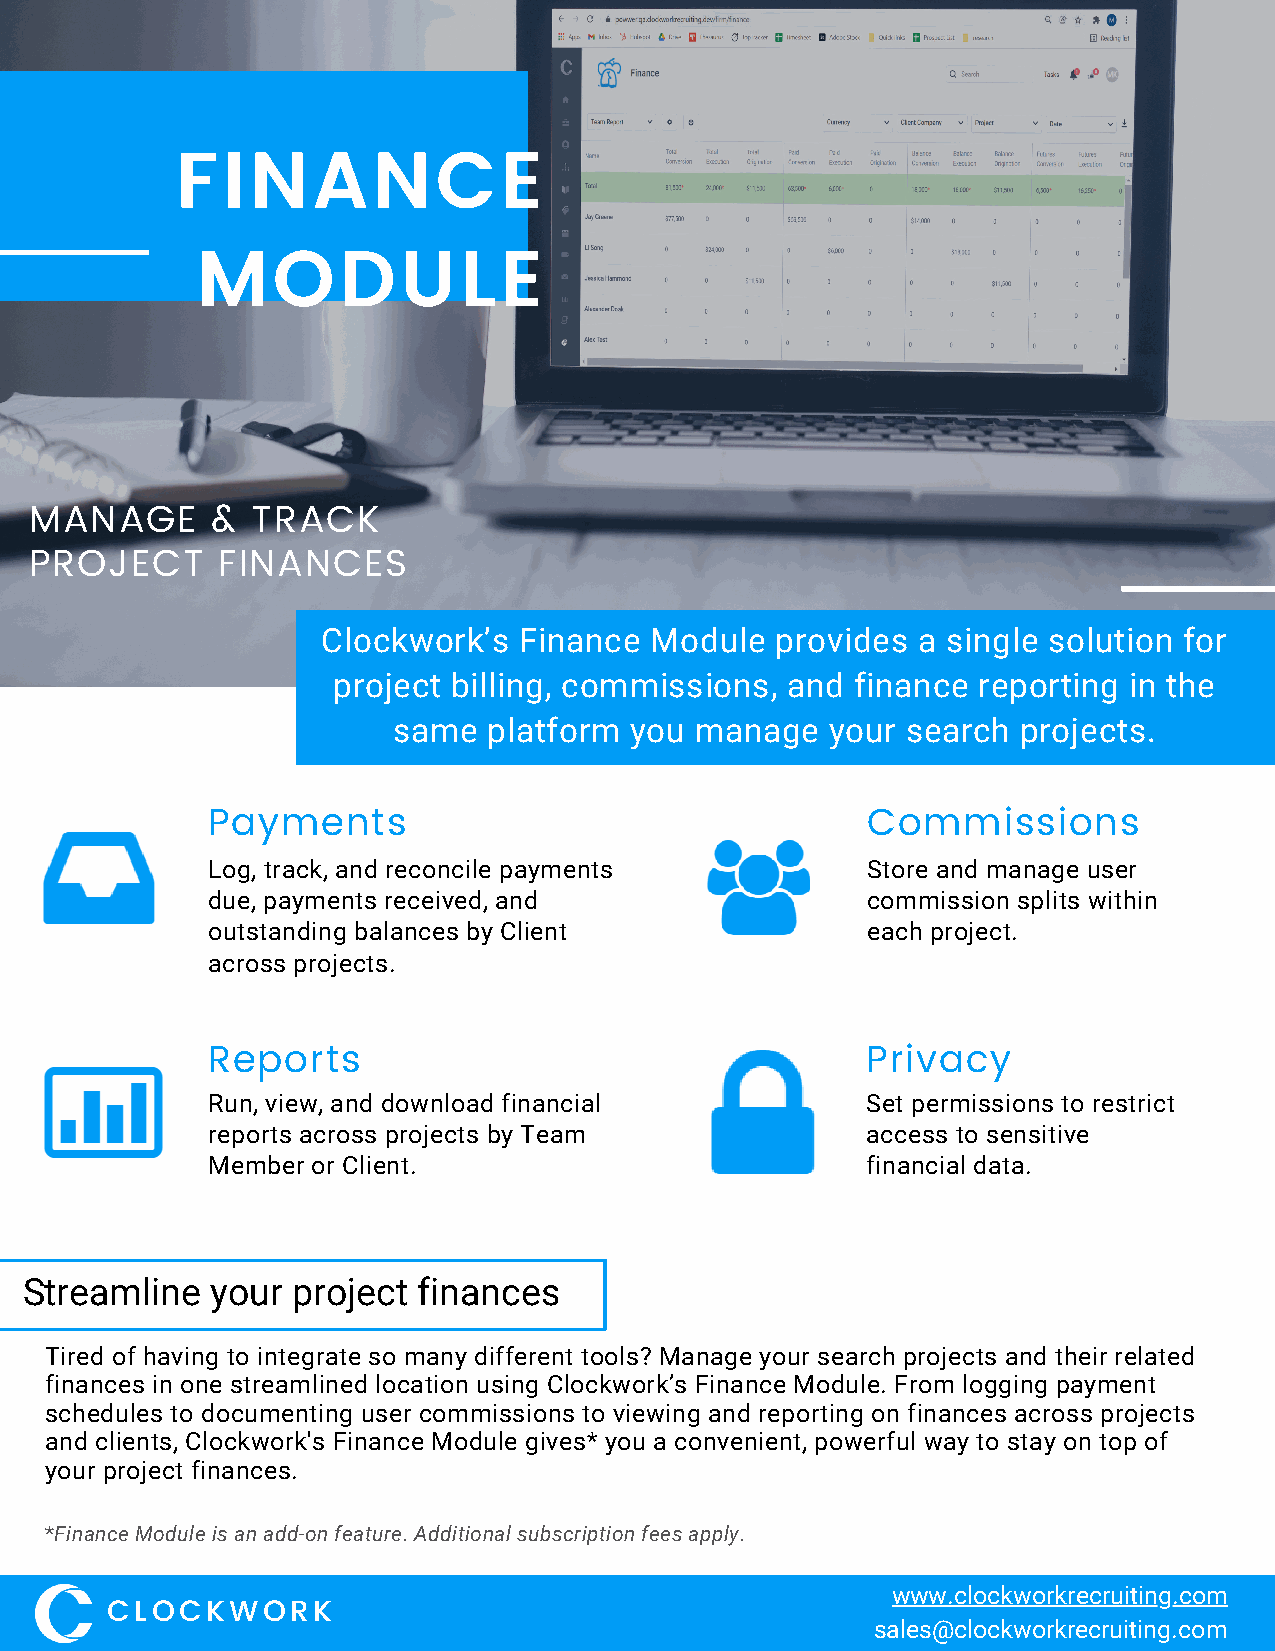
FINANCE
 MODULE
 MANAGE      &  TRACK
 PROJECT     FINANCES
 Clockwork’s  Finance  Module  provides  a single solution for
 project billing, commissions, and  finance reporting in the
 same  platform  you manage   your search  projects.
 Payments                                   Commissions
 Log, track, and reconcile payments         Store and manage user
 due, payments received, and                commission splits within
 outstanding balances by Client             each project.
 across projects.
 Reports                                    Privacy
 Run, view, and download financial          Set permissions to restrict
 reports across projects by Team            access to sensitive
 Member or Client.                          financial data.
 Streamline  your project  finances
 Tired of having to integrate so many different tools? Manage your search projects and their related
 finances in one streamlined location using Clockwork’s Finance Module. From logging payment
 schedules to documenting user commissions to viewing and reporting on finances across projects
 and clients, Clockwork's Finance Module gives* you a convenient, powerful way to stay on top of
 your project finances.
 *Finance Module is an add-on feature. Additional subscription fees apply.
 www.clockworkrecruiting.com
 CLOCKWORK
 sales@clockworkrecruiting.com